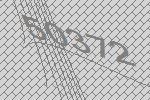
50372